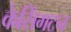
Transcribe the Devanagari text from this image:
केसिंगटन